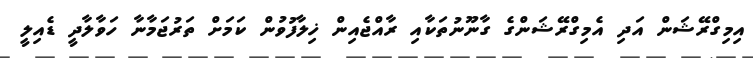
އިމިގްރޭޝަން އަދި އެމިގްރޭޝަންގެ ގާނޫނުތަކާއި ރާއްޖެއިން ޚިލާފުވުން ކަމަށް ތަރުޖަމާނާ ހަވާލާދީ ޑެއިލީ